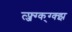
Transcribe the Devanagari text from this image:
त्फ्ज्ग्क्ग्क्झ